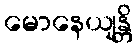
မောနေယျန္တိ